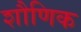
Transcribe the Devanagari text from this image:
शौणिक